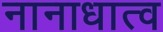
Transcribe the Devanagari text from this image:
नानाधात्व